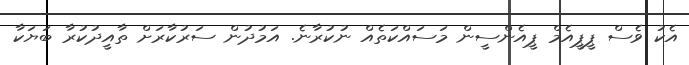
އެކު ވެސް ޕީޕީއެމް ޕީއެންސީން މަސައްކަތެއް ނުކުރާނެ. އަމުދުން ސަރުކާރަށް ތާއީދުކުރާ ބަޔަކާ